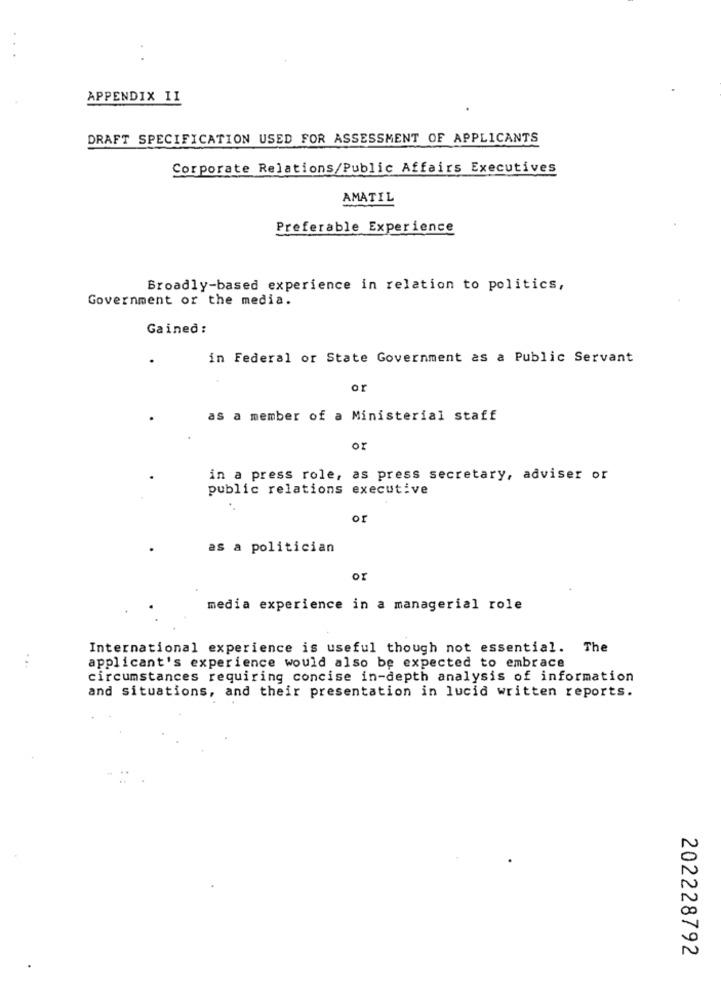
.
APPENDIX II
DRAFT SPECIFICATION USED FOR ASSESSMENT OF APPLICANTS
Corporate Relations/Public Affairs Executives
AMATIL
Preferable Experience
Broadly-based experience in relation to politics,
Government or the media.
Gained :
in Federal or State Government as a Public Servant
or
as
a member of a Ministerial staff
or
in a press role, as press secretary, adviser or
public relations executive
or
as a politician
or
media experience in a managerial role
International experience is useful though not essential. The
..
applicant's experience would also be expected to embrace
circumstances requiring concise in-depth analysis of information
and situations, and their presentation in lucid written reports.
202228792